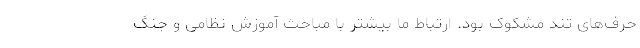
حرف‌های تند مشکوک بود. ارتباط ما بیشتر با مباحث آموزش نظامی و جنگ